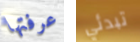
عرفتها تبدئي